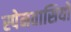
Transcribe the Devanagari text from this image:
स्‍पेनवासियों